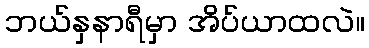
ဘယ်နှနာရီမှာ အိပ်ယာထလဲ။